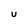
Character: U